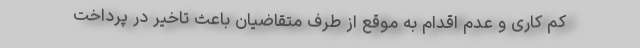
کم کاری و عدم اقدام به موقع از طرف متقاضیان باعث تاخیر در پرداخت